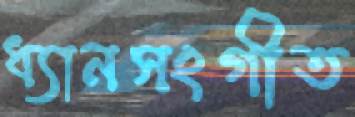
ধ্যানসংগীত